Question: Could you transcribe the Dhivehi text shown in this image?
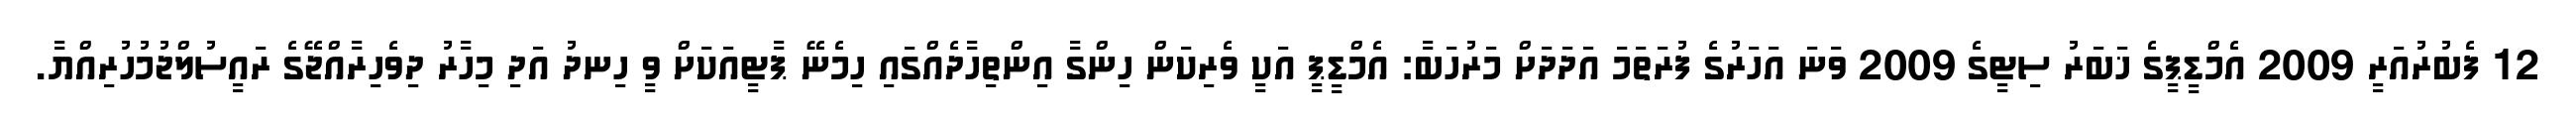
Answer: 12 ފެބުރުއަރީ 2009 އެމްޑީޕީގެ ޚަބަރު ސިޓީގެ 2009 ވަނަ އަހަރުގެ ފުރަތަމަ އަދަދަށް މަރުހަބާ: އެމްޑީޕީ އަކީ ވެރިކަން ހިންގާ އިންތިހާދެއްގައި ހިމެނޭ ޕާޓީއަކަށް ވީ ހިނދު އަދި މިހާރު ދިވެހިރާއްޖޭގެ ރައީސުލްޖުމުހުރިއްޔާ.